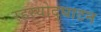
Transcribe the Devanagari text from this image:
रहस्‍योद्घाटन